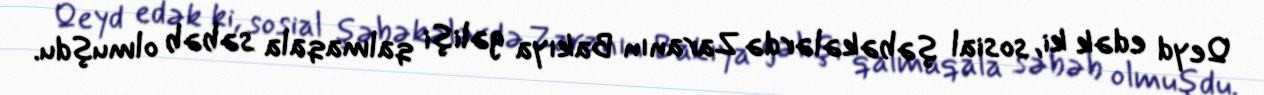
Qeyd edək ki, sosial şəbəkələrdə Zaranın Bakıya gəlişi qalmaqala səbəb olmuşdu.